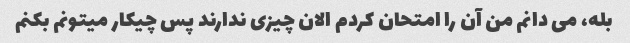
بله، می دانم من آن را امتحان کردم الان چیزی ندارند پس چیکار میتونم بکنم